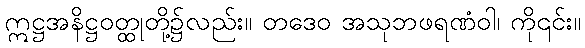
ဣဋ္ဌအနိဋ္ဌဝတ္ထုတို့၌လည်း။ တဒေဝ အသုဘဖရဏံဝါ၊ ကို၎င်း။